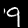
Digit: 9